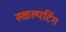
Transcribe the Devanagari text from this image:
स्कल्पटिंग